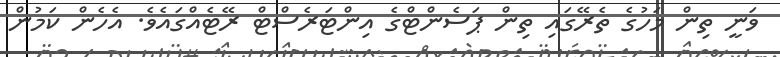
ވަނީ ތިން މަހުގެ ތެރޭގައި ތިން ޕަސެންޓްގެ އިންޓަރެސްޓް ރޭޓެއްގައެވެ. އެހެން ކަމުން